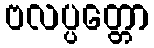
ဗလပ္ပတ္တော